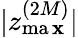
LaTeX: |z_{\operatorname*{ma\mathbf{x}}}^{(2M)}|